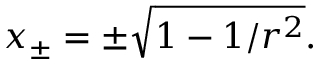
x _ { \pm } = \pm \sqrt { 1 - 1 / r ^ { 2 } } .